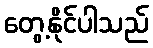
တွေ့နိုင်ပါသည်